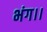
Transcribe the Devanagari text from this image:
भंग।।